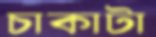
চাকাটা